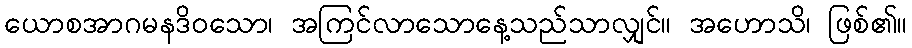
ယောစအာဂမနဒိဝသော၊ အကြင်လာသောနေ့သည်သာလျှင်။ အဟောသိ၊ ဖြစ်၏။